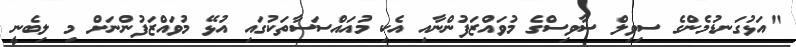
"އަޅުގަނޑުމެންގެ ސިވިލް ސާވިސްގެ މުވައްޒަފުންނާއި އެކި މުއައްސަސާތަކުގައި އުޅޭ މުވައްޒަފުންނަށް މި ލިބެނީ